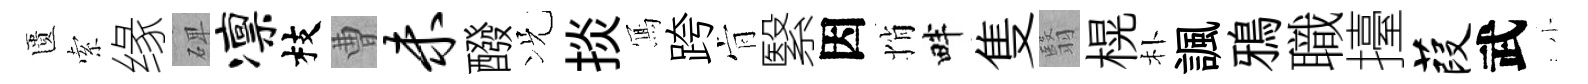
匱索缘𥓓凛枝曹未醱况掞𭂁跨肻繄因悄畔隻翳榥朴諷鴉職擡葭武小